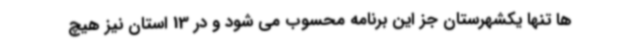
ها تنها یکشهرستان جز این برنامه محسوب می شود و در 13 استان نیز هیچ